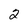
Character: 2